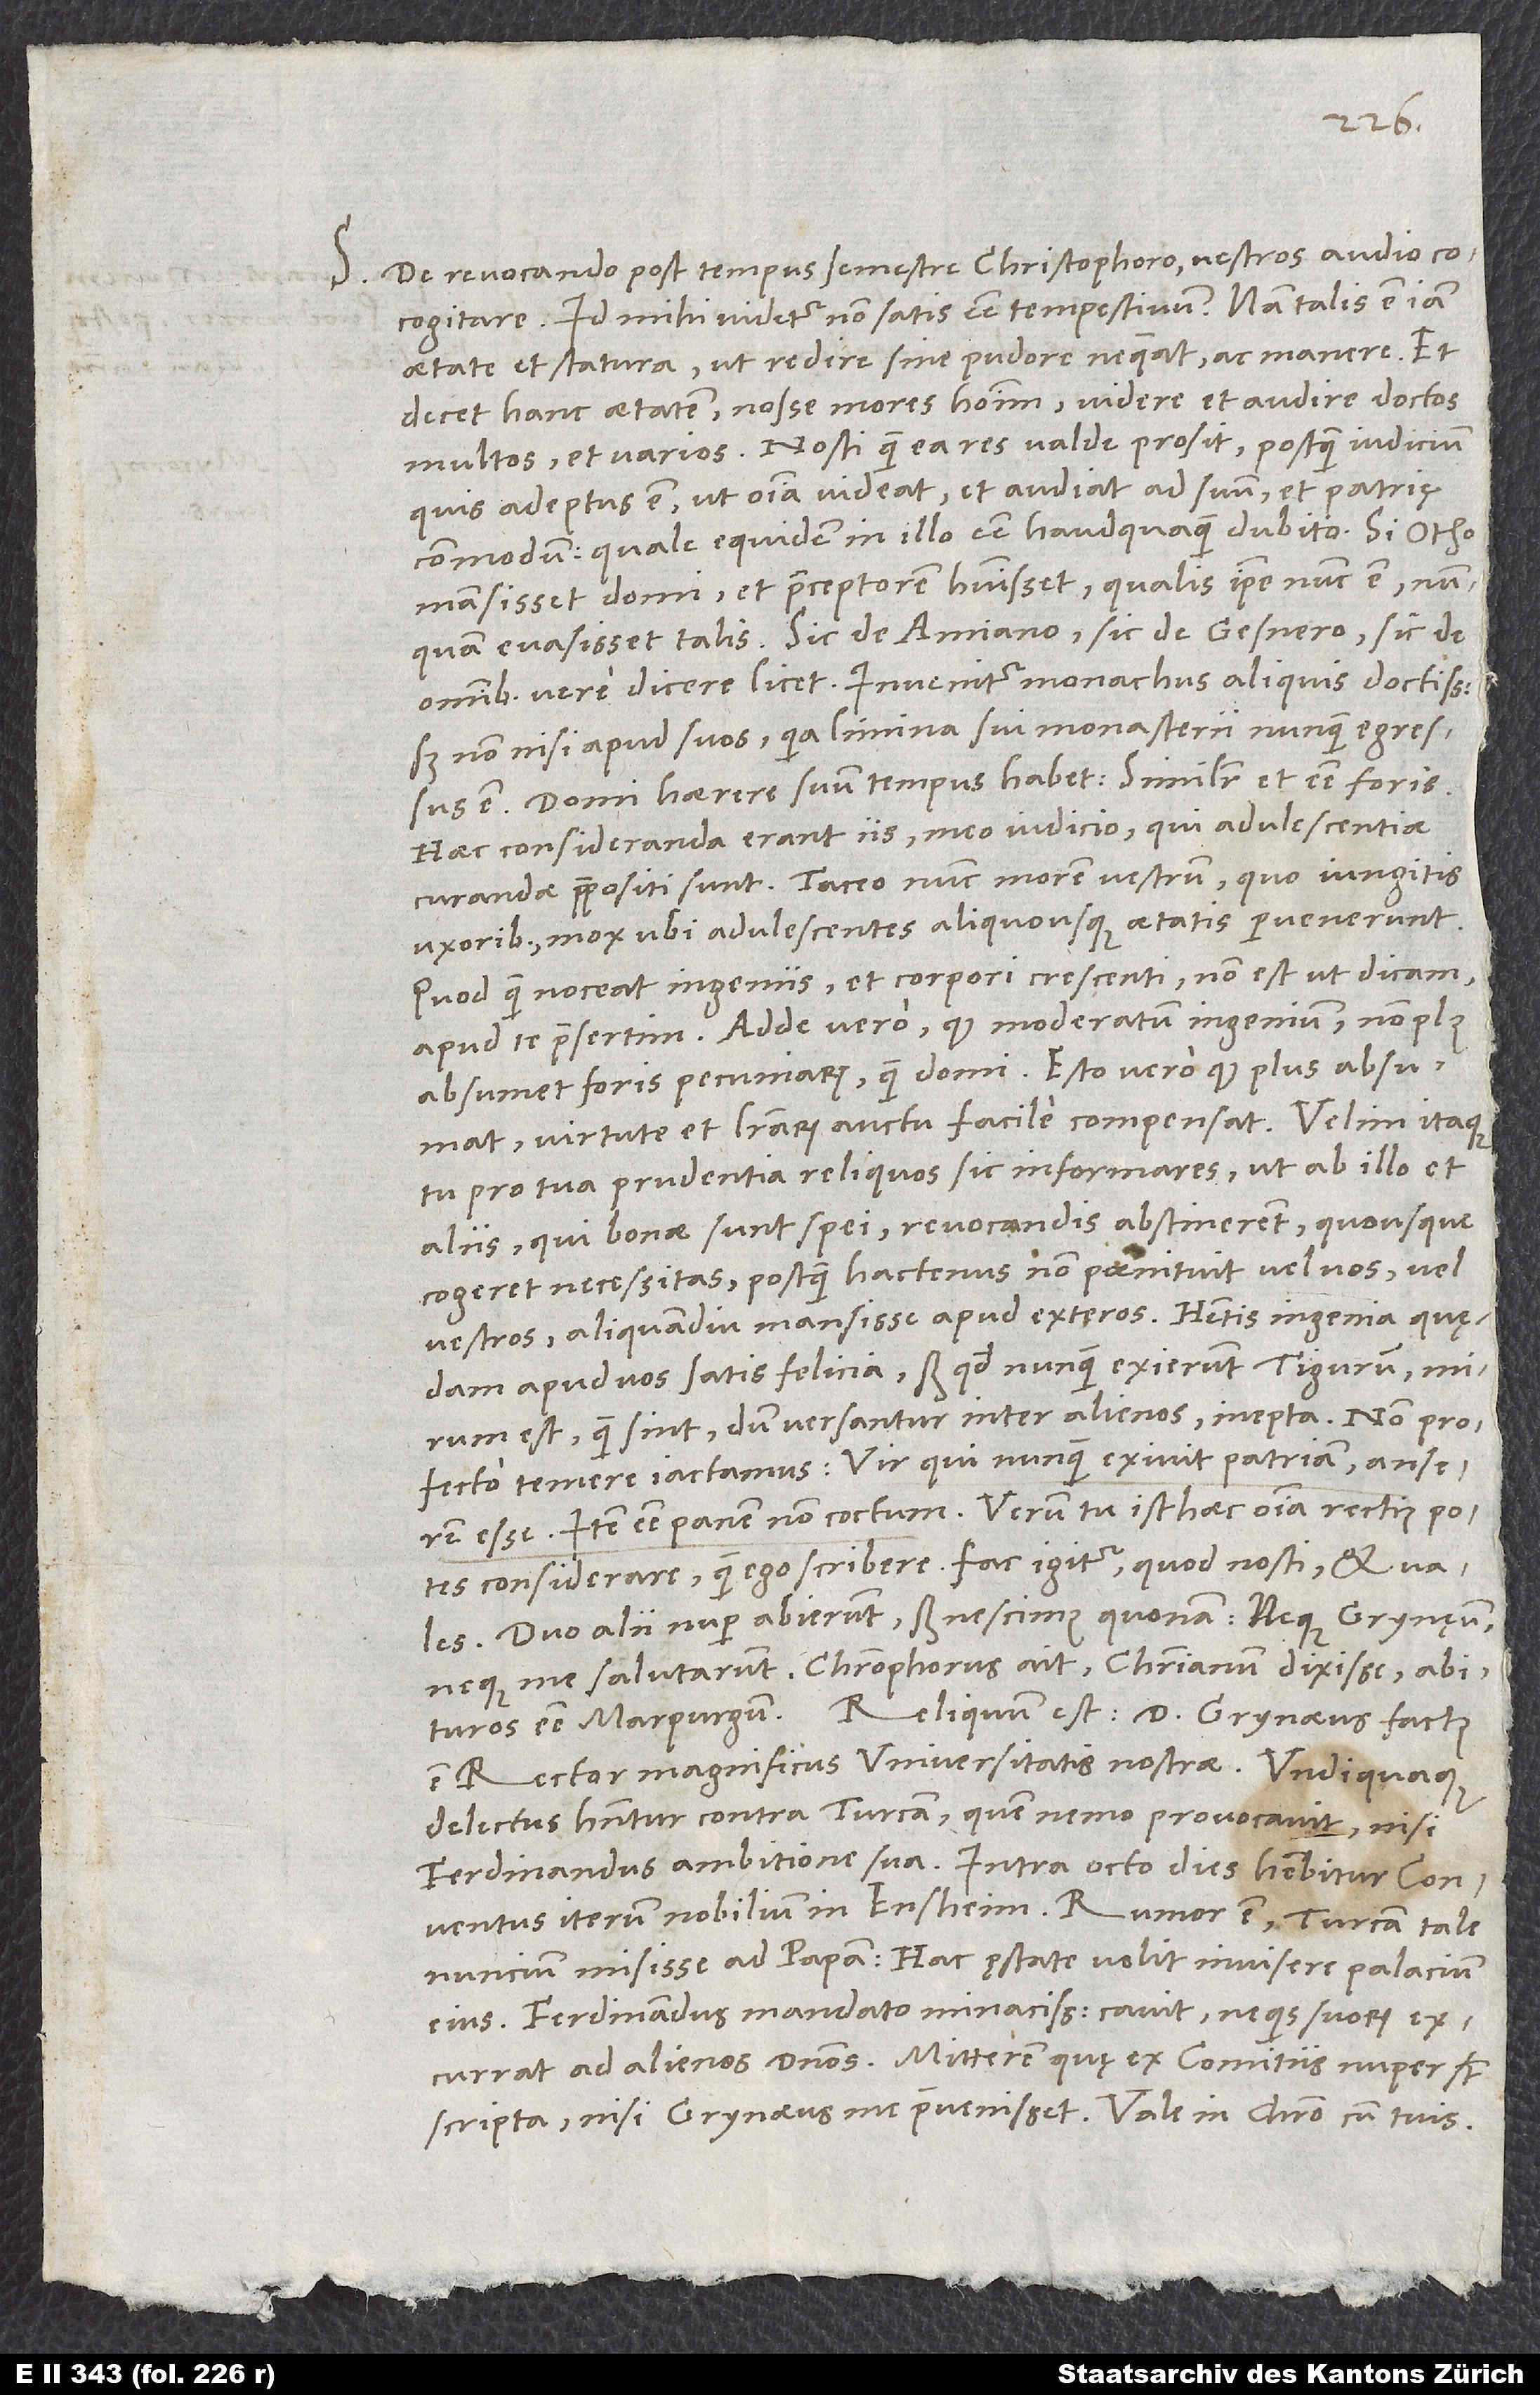
S. De revocando post tempus semestre Christophoro vestros audio
cogitare. Id mihi videtur non satis esse tempestivum; nam talis est iam
aetate et statura, ut redire sine pudore nequeat ac manere. Et
decet hanc aetatem nosse mores hominum, videre et audire doctos
multos et varios. Nosti, quam ea res valde prosit, postquam iudicium
quis adeptus est, ut omnia videat et audiat ad suum et patrię
commodum, quale equidem in illo esse haudquaquam dubito. Si Otho
mansisset domi et praeceptorem habuisset, qualis ipse nunc est, nunquam
evasisset talis. Sic de Amiano, sic de Gesnero, sic de
omnibus vere dicere licet. Invenitur monachus aliquis doctissimus,
sed non nisi apud suos, quia limina sui monasterii nunquam egressus
est. Domi haerere suum tempus habet, similiter et esse foris.
Haec consideranda erant iis meo iudicio, qui adulescentiae
curandae praepositi sunt. Taceo nunc morem vestrum, quo iungitis
uxoribus, mox ubi adulescentes aliquousque aetatis pervenerunt.
Quod quam noceat ingeniis et corpori crescenti, non est, ut dicam,
apud te praesertim. Adde vero, quod moderatum ingenium non plus
absumet foris pecuniarum quam domi. Esto vero, quod plus absumat;
virtute et literarum auctu facile compensat. Velim itaque,
tu pro tua prudentia reliquos sic informares, ut ab illo et
aliis, qui bonae sunt spei, revocandis abstinerent, quousque
cogeret necessitas, postquam hactenus non poenituit vel vos vel
vestros aliquamdiu mansisse apud exteros. Habetis ingenia quędam
apud vos satis felicia, sed quod nunquam exierunt Tigurum, mirum
est, quam sint, dum versantur inter alienos, inepta. Non profecto
temere iactamus: Vir, qui nunquam exivit patriam, anserem
esse, item esse panem non coctum. Verum tu isthaec omnia rectius potes
considerare quam ego scribere. Fac igitur, quod nosti et vales.
Duo alii nuper abierunt, sed nescimus, quonam. Neque Grynęum
neque me salutarunt. Christophorus ait Christianum dixisse abituros
est rector magnificus universitatis nostrae.
delectus habentur contra Turcam, quem nemo provocavit nisi
Ferdinandus ambitione sua. Intra octo dies habebitur conventus
iterum nobilium in Ensheim. Rumor est Turcam tale
nuncium misisse ad papam, hac ęstate velit invisere palacium
eius. Ferdinandus mandato minacissimo cavit, ne quis suorum
scripta, nisi Grynaeus me praevenisset. Vale in Christo cum tuis.